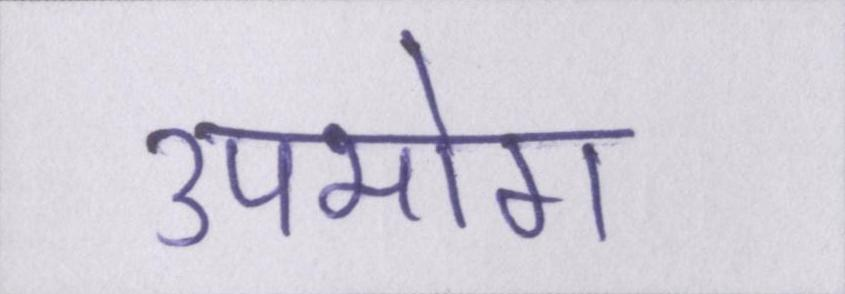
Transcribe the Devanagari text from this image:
उपभोग